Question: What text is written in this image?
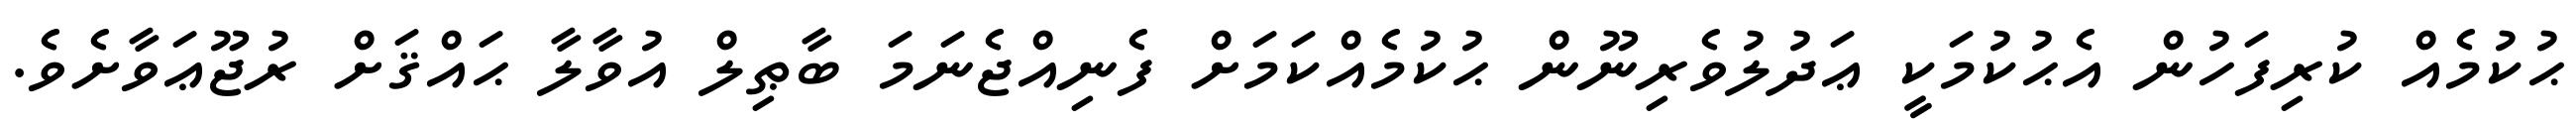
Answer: ޙުކުމެއް ކުރިފަހުން އެޙުކުމަކީ ޢަދުލުވެރިނޫން ޙުކުމެއްކަމަށް ފެނިއްޖެނަމަ ބާޠިލް އުވާލާ ޙައްޤަށް ރުޖޫޢަވާށެވެ.